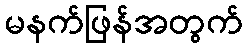
မနက်ဖြန်အတွက်